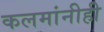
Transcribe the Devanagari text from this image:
कलमांनीही